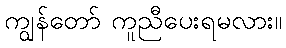
ကျွန်တော် ကူညီပေးရမလား။